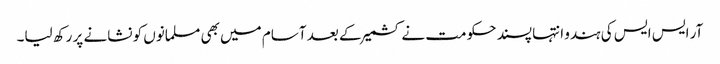
آر ایس ایس کی ہندو انتہا پسند حکومت نے کشمیر کے بعد آسام میں بھی مسلمانوں کو نشانے پر رکھ لیا۔